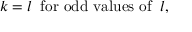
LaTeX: k = l \; \; \mathrm { f o r ~ o d d ~ v a l u e s ~ o f } \; \; l ,